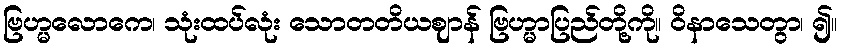
ဗြဟ္မလောကေ၊ သုံးထပ်လုံး သောတတိယဈာန် ဗြဟ္မာပြည်တို့ကို။ ဝိနာသေတွာ၊ ၍။